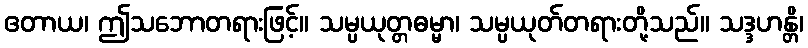
ဧတာယ၊ ဤသဘောတရားဖြင့်။ သမ္ပယုတ္တဓမ္မာ၊ သမ္ပယုတ်တရားတို့သည်။ သဒ္ဒဟန္တိ၊